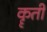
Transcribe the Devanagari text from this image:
कॄती